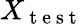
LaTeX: X_{\mathrm{~t~e~s~t~}}